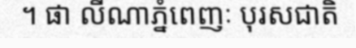
។ ផា លីណាភ្នំពេញៈ បុរសជាតិ